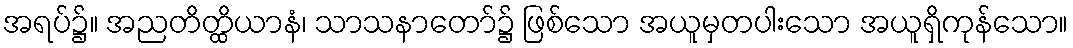
အရပ်၌။ အညတိတ္ထိယာနံ၊ သာသနာတော်၌ ဖြစ်သော အယူမှတပါးသော အယူရှိကုန်သော။